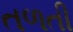
તળતી